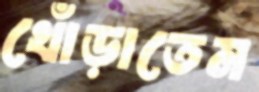
খোঁড়াতেম